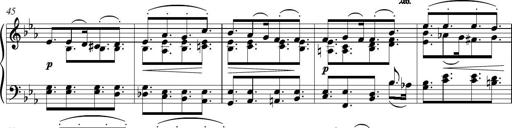
Title: Piano Sonatina in G major
Composer: Johan Peter Emilius Hartmann
Key: G major